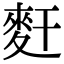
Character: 𪌃